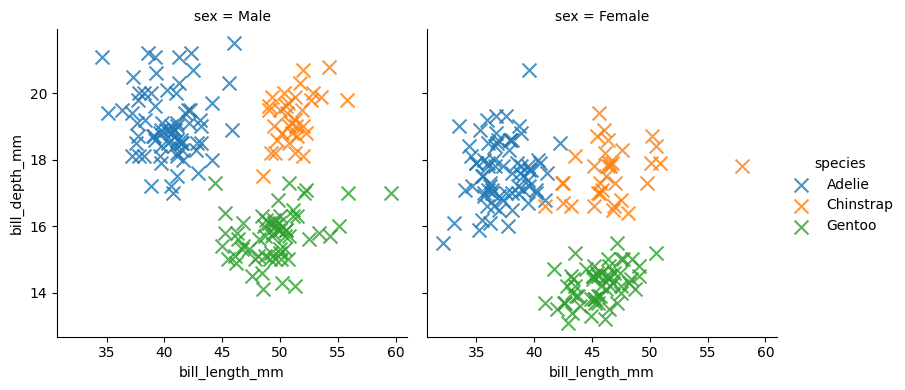
python, seaborn, lmplot, aspect=1.0, order=1, markers='x'